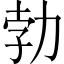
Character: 勃